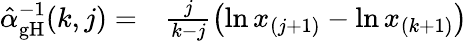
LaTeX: \begin{array}{rl}{\hat{\alpha}_{\mathrm{gH}}^{-1}(k,j)=}&{{}\frac{j}{k-j}\left(\ln x_{(j+1)}-\ln{x_{(k+1)}}\right)}\end{array}